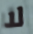
لا